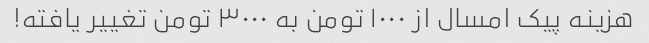
هزینه پیک امسال از ١٠٠٠ تومن به ٣٠٠٠ تومن تغییر یافته!